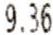
9.36